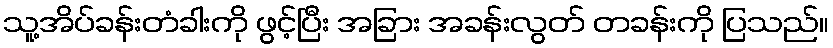
သူ့အိပ်ခန်းတံခါးကို ဖွင့်ပြီး အခြား အခန်းလွတ် တခန်းကို ပြသည်။